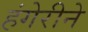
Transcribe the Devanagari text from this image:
हंगेरीने